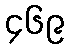
၄၆၉